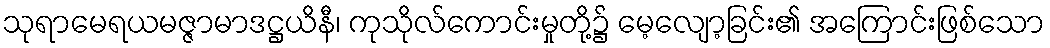
သုရာမေရယမဇ္ဇာမာဒဋ္ဌယိနီ၊ ကုသိုလ်ကောင်းမှုတို့၌ မေ့လျော့ခြင်း၏ အကြောင်းဖြစ်သော